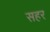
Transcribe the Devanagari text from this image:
सहर